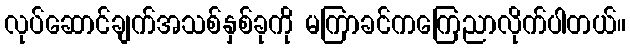
လုပ်ဆောင်ချက်အသစ်နှစ်ခုကို မကြာခင်ကကြေညာလိုက်ပါတယ်။